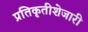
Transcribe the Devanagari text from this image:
प्रतिकृतीशेजारी